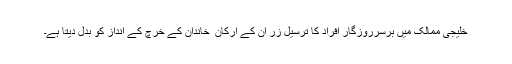
خلیجی ممالک میں برسرروزگار افراد کا ترسیل زر ان کے ارکان ِ خاندان کے خرچ کے انداز کو بدل دیتا ہے۔